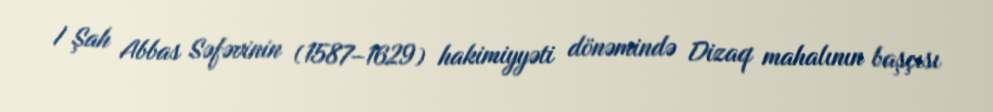
I Şah Abbas Səfəvinin (1587–1629) hakimiyyəti dönəmində Dizaq mahalının başçısı